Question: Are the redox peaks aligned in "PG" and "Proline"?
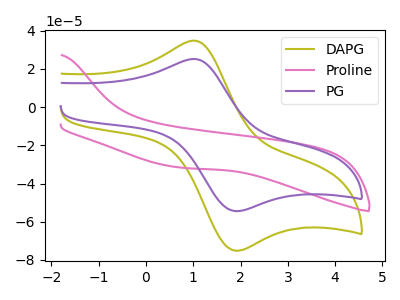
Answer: <think>The olive curve "DAPG" has an anodic peak at (1.00V, 34.75uA) and a cathodic peak at (1.90V, -75.20uA). The pink curve "Proline" has no peaks. The purple curve "PG" has an anodic peak at (1.00V, 25.20uA) and a cathodic peak at (1.90V, -54.45uA).</think>
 <answer>No, "PG" and "Proline" have a different number of peaks.</answer>
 <eval>different_amount</eval>